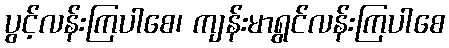
ပွင့်လန်းကြပါစေ၊ ကျန်းမာရွင်လန်းကြပါစေ